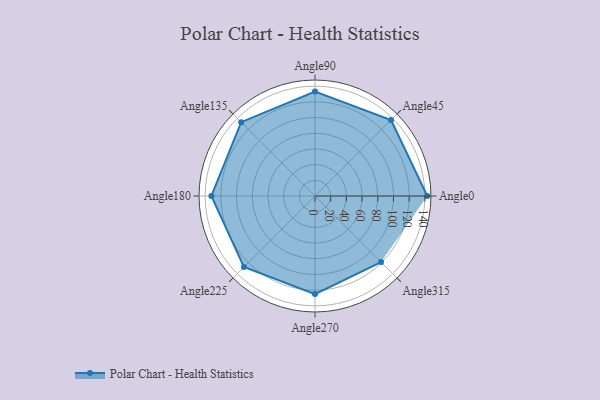
{"axis": {"x": "Angle", "y": "Radius"}, "legend": [""], "data": [{"x": "Angle0", "y": 143.0, "type": ""}, {"x": "Angle45", "y": 137.0, "type": ""}, {"x": "Angle90", "y": 133.0, "type": ""}, {"x": "Angle135", "y": 133.0, "type": ""}, {"x": "Angle180", "y": 132.0, "type": ""}, {"x": "Angle225", "y": 128.0, "type": ""}, {"x": "Angle270", "y": 125.0, "type": ""}, {"x": "Angle315", "y": 119.0, "type": ""}]}